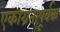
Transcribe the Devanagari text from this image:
एकाग्रतापूर्वक